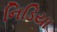
નિડિયા